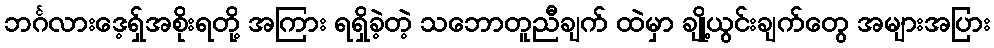
ဘင်္ဂလားဒေ့ရှ်အစိုးရတို့ အကြား ရရှိခဲ့တဲ့ သဘောတူညီချက် ထဲမှာ ချို့ယွင်းချက်တွေ အများအပြား